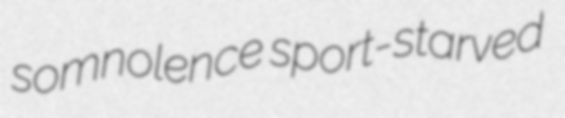
somnolence sport-starved